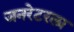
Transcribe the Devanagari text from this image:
जनरेटरला